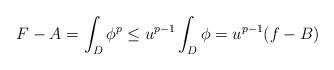
LaTeX: \begin{align*}F-A=\int_{D}\phi^{p}\leq u^{p-1}\int_{D}\phi=u^{p-1}(f-B)\end{align*}